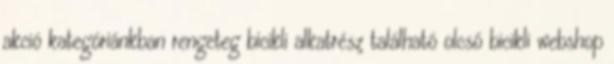
akció kategóriánkban rengeteg bicikli alkatrész található olcsó bicikli webshop